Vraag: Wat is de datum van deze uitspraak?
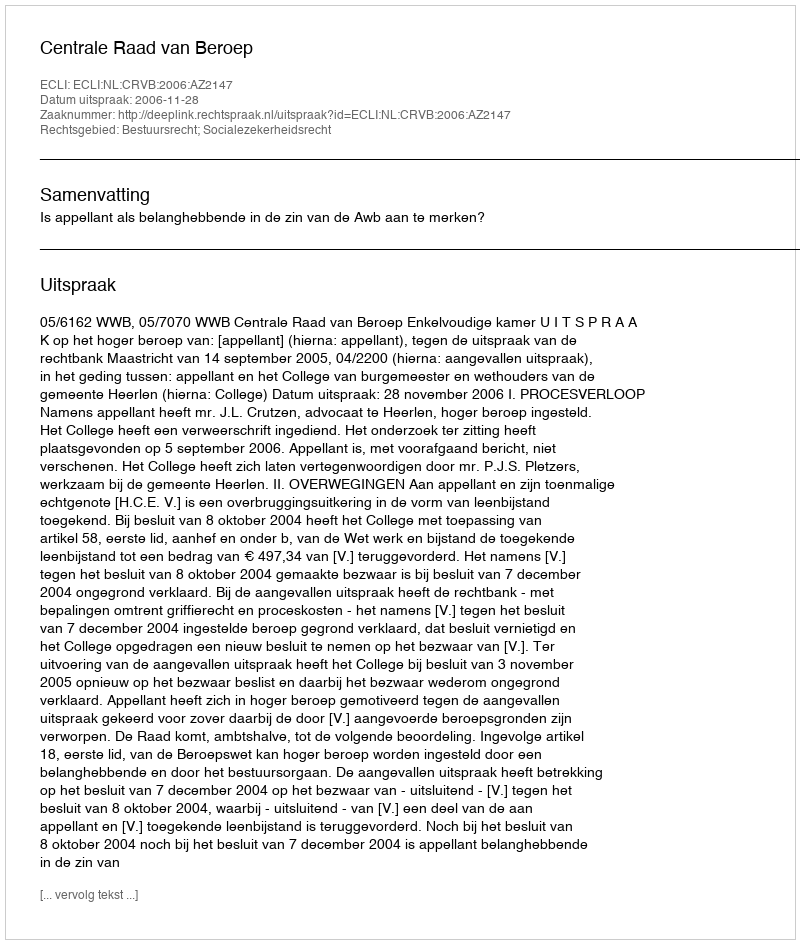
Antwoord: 2006-11-28